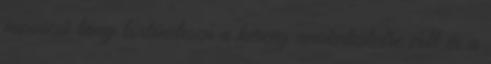
monacói lány történetesen a herceg unokatestvére volt és a